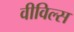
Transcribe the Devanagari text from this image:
वीविल्स